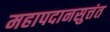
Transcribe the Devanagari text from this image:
महापदानसुत्तंत